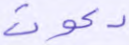
دعوت